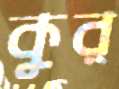
কুর্